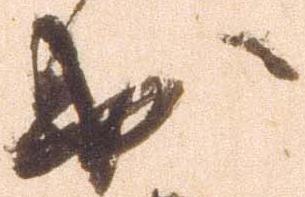
出